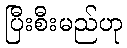
ပြီးစီးမည်ဟု